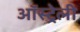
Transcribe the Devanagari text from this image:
ऑस्ट्रेली